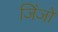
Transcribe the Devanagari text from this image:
जिंजो